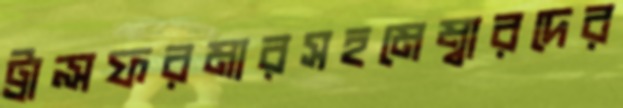
ট্রান্সফরমারসহমেম্বারদের